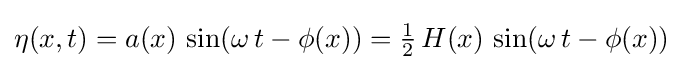
\eta (x,t)=a(x)\,\sin(\omega \,t-\phi (x))={\tfrac {1}{2}}\,H(x)\,\sin(\omega \,t-\phi (x))